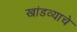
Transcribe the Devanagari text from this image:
खांडव्याचे